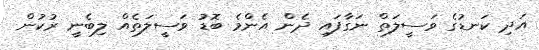
އަދި ކަނޑުގެ ވަސީލަތް ނަގާފައި ދެން އެންމެ ބޮޑު ވަސީލަތެއް ލިބެނީ ރުކުން